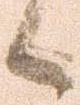
候